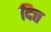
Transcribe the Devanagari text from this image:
दित्त